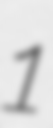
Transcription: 1